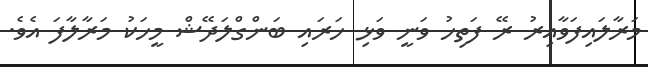
މަރާލައިފަވާއިރު ރޭ ފަތިހު ވަނީ ވަޅި ހަރައި ބަންގްލަދޭޝް މީހަކު މަރާލާފަ އެވެ.